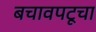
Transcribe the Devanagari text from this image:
बचावपटूचा